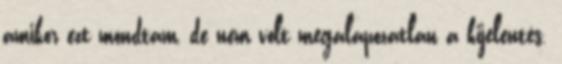
amikor ezt mondtam, de nem volt megalapozatlan a kijelentés.